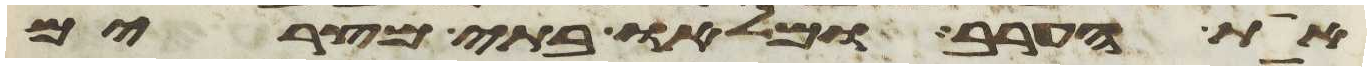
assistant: את הערב ומלאו בתי מצרים